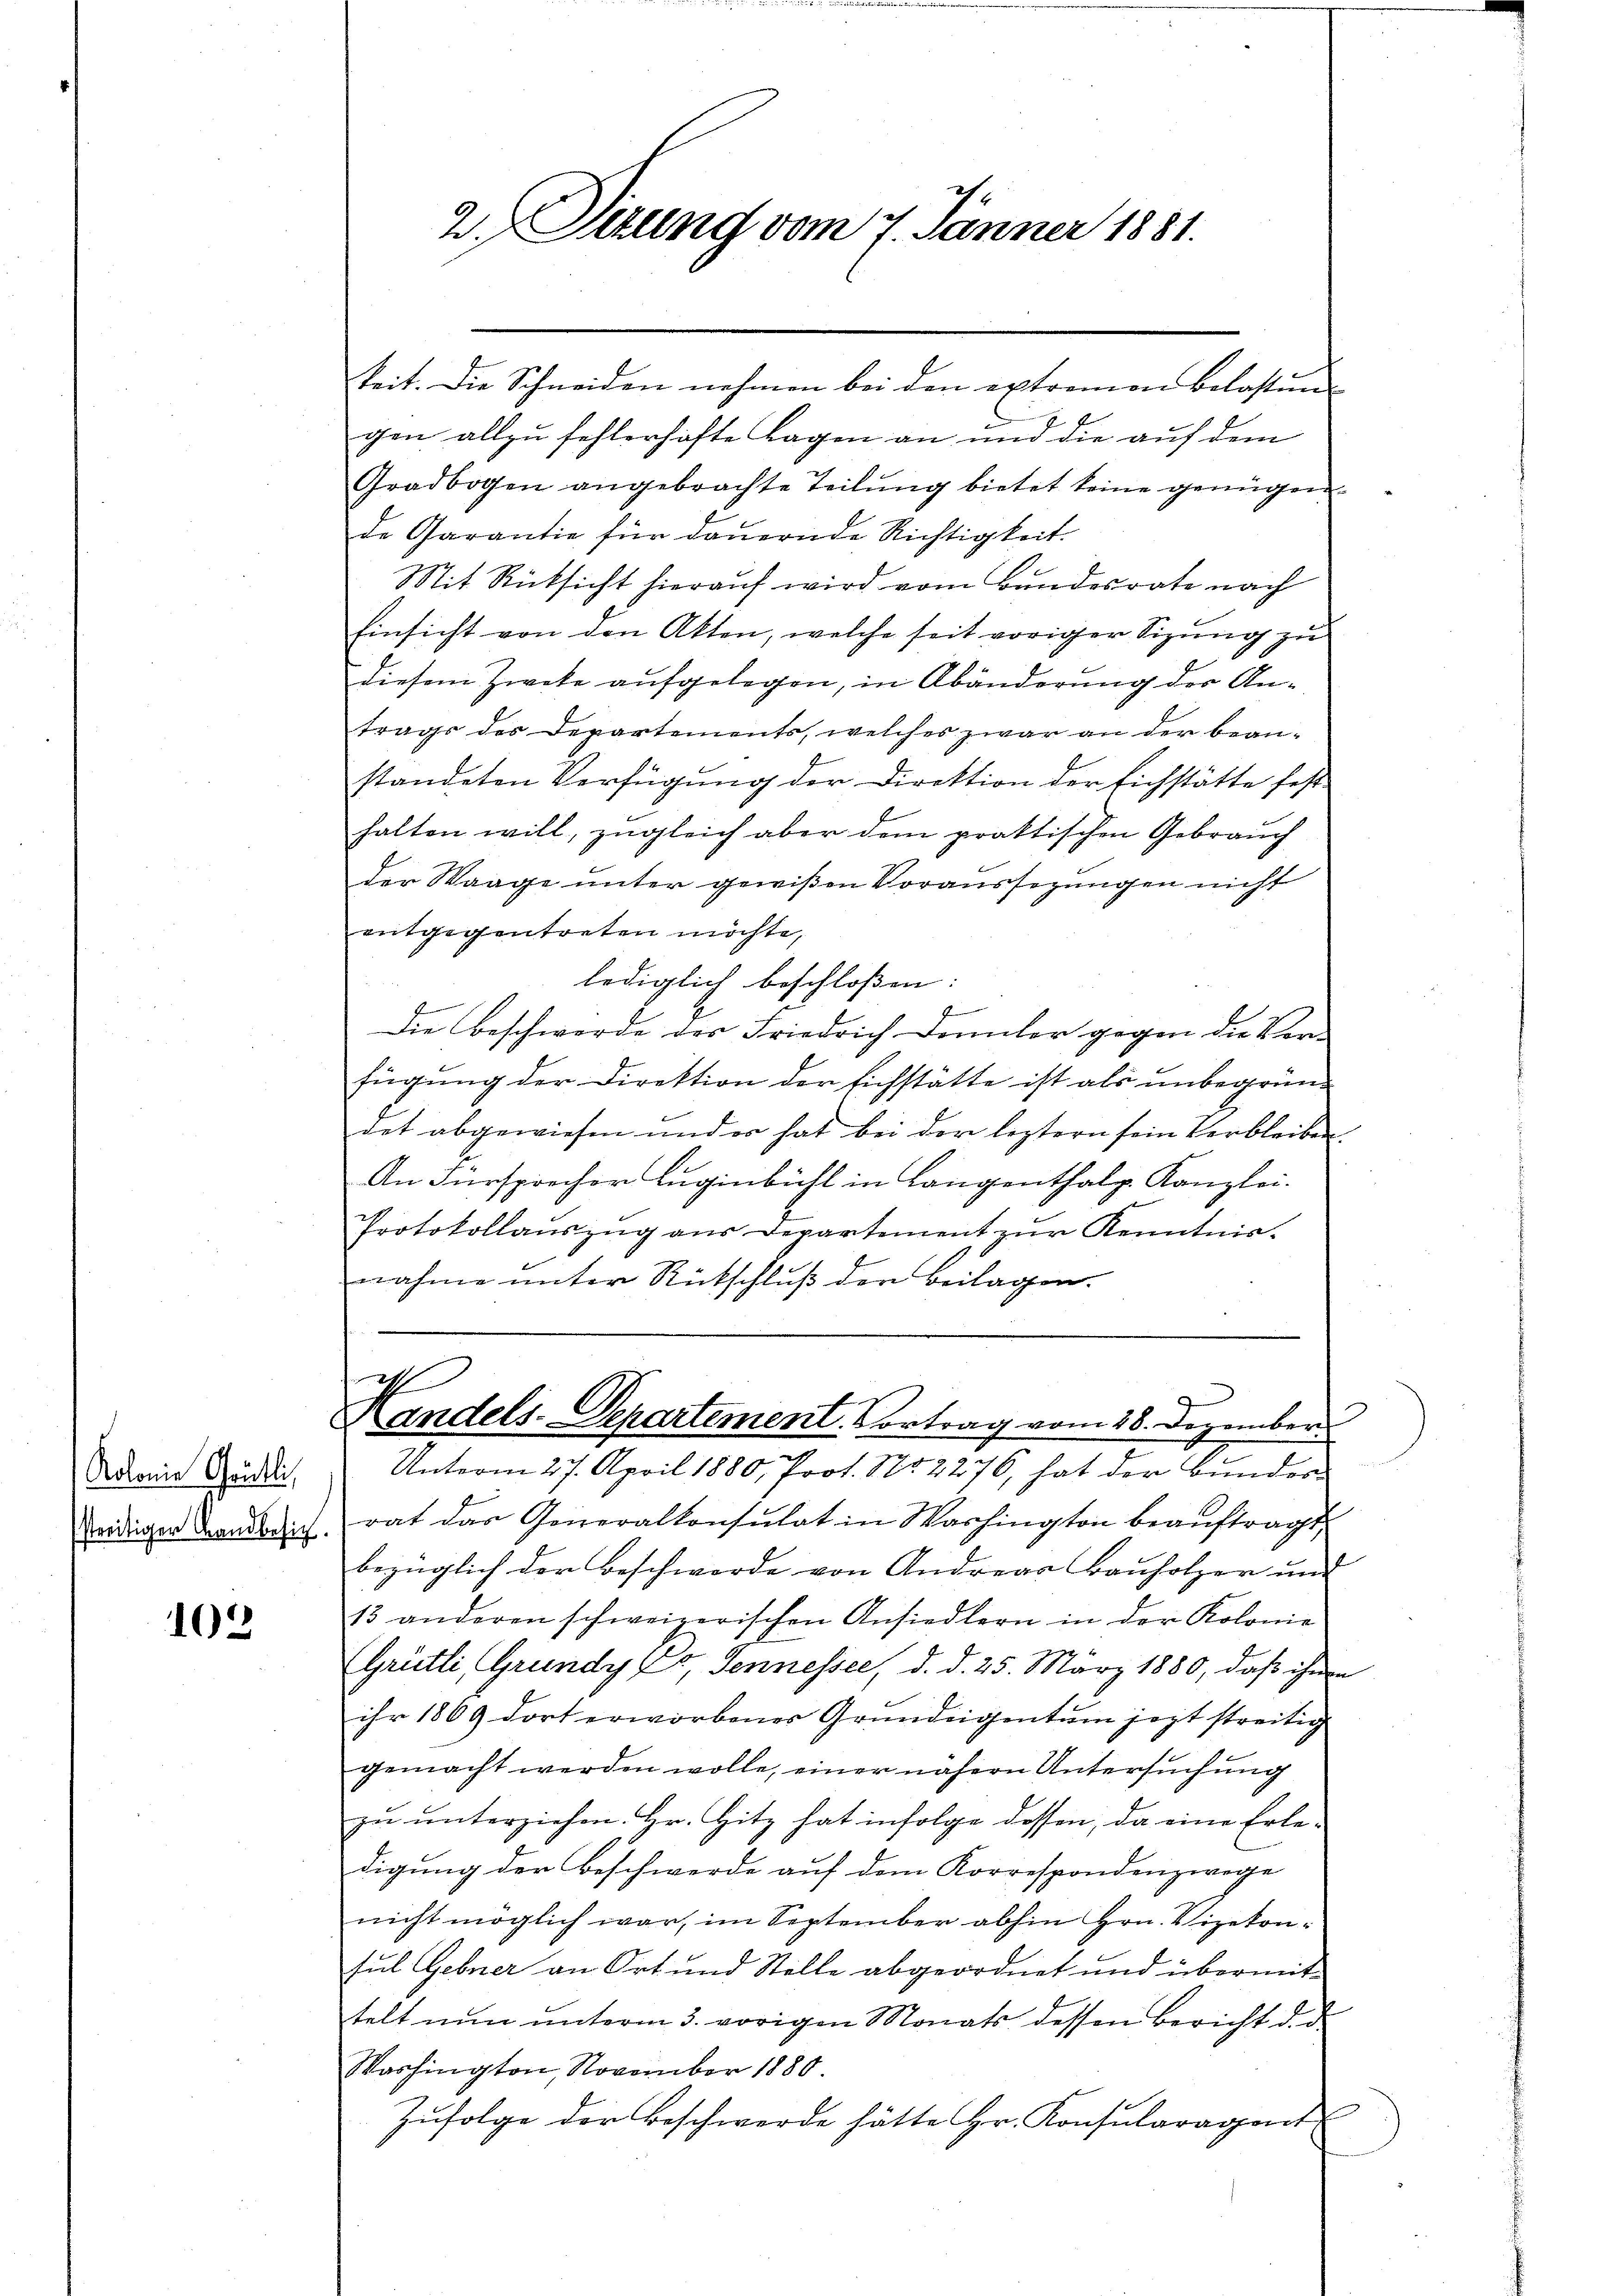
Kolonie Grütli,
streitiger Grandbesich.

102

gen allzu fehlerhafte Tagen an und die auf dem
Gradbogen angebrachte Teilŭng bietet keine genügen
de Garantie für dauernde Richtigkeit.
Mit Rücksicht hierauf wird vom Bundesrate nach
Einsicht von den Akten, welche seit voriger Sizung zu
diesem Zwete aufgelegen, in Abänderung der Antrags des Departements, welches zwar an der bean-
standeten Verfügung der Direktion der Eichstätte fest
halten will, zugleich aber dem praktischen Gebrauch
der Waage unter gewißen Voraussezungen nicht
entgegentreten möchte,
lediglich beschloßen:
F
Die Beschwerde des Friedrich Danter gegen die Ver-
fügung der Direktion der Eichstätte ist als unbegrün-
det abgewiesen und er hat bei der leztern sein Verbleiben.
An Fürsprocher Luginbühl in Langenthalp. Kanzlei.
Protokollaŭszŭg aŭs Departement zŭr Kenntnis.
nahme unter Rückschluß den Beilagen.

2. Situng vom 7. Jänner 1881.

keit. Die Schneiden nehmen bei den extremen Belastung

a
Randels-Departement. Vortrag vom 28. Dezember

Unterm 27. April 1880, Prot. Nr. 2276, hat der Bundesrat das Generalkonsulat in Washington beauftragt,
bezüglich der Beschwerde von Andreas Bauholzer und
13 anderen schweizerischen Ansiedlern in der Kolonie
Grütli, Grundy Co. Jennessee, d. d. 25. März 1880, daß ihnen
ihr 1869 dort erworbenes Grundeigentum jezt streitig
gemacht werden wolle, einer nähern Untersuchung
zu unterziehen. Hr. Hitz hat infolge dessen, da eine Erle-
digung der Beschwerde auf dem Korrespondenzwege
nicht möglich war, im September abhin Hrn. Vizekonsul Gebner an Ort und Stelle abgeordnet und übermit-
telt nun unterm 3. vorigen Monats dessen Bericht d. d
Washington, November 1880
Zŭfolge der Beschwerde hätte Hr. Konsularagent